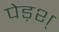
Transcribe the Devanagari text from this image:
पेड़श्